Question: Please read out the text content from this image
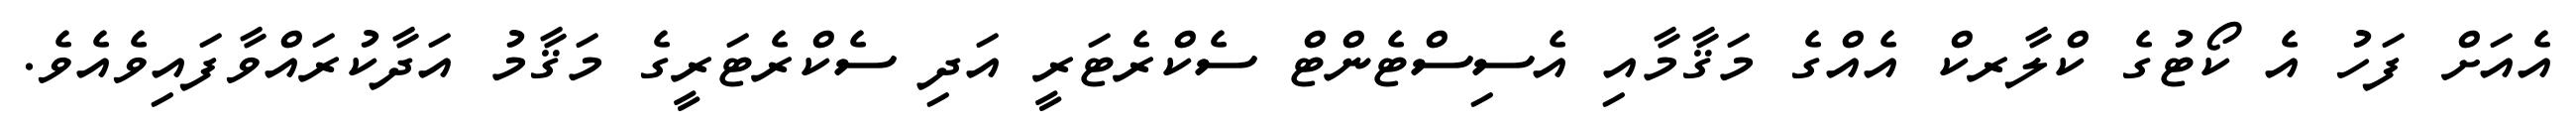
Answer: އެއަށް ފަހު އެ ކޯޓުގެ ކްލާރކް އެއްގެ މަޤާމާއި އެސިސްޓެންޓް ސެކްރެޓަރީ އަދި ސެކްރެޓަރީގެ މަޤާމު އަދާކުރައްވާފައިވެއެވެ.